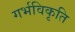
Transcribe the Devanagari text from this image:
गर्भविकृति